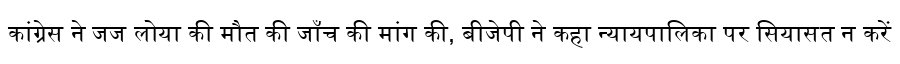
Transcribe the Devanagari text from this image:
कांग्रेस ने जज लोया की मौत की जाँच की मांग की, बीजेपी ने कहा न्यायपालिका पर सियासत न करें